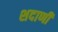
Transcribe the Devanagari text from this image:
शदाणी